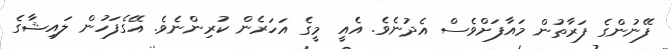
ފޭނުންގެ ފަރާތުން މައާފަށްވެސް އެދުނެވެ. އެއީ މީގެ އަހަރެން ކުރިންނެވެ. އޭގެފަހުން ލައިޝާގެ